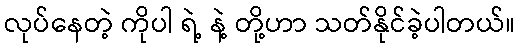
လုပ်နေတဲ့ ကိုပါ ရဲ့ နဲ့ တို့ဟာ သတ်နိုင်ခဲ့ပါတယ်။